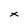
Character: x